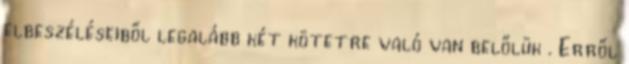
elbeszéléseiből legalább két kötetre való van belőlük . Erről